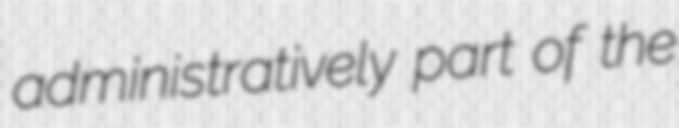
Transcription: administratively part of the